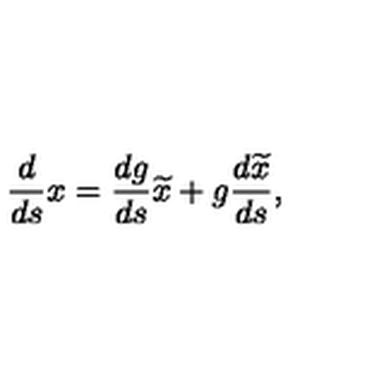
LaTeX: \frac { d } { d s } x = \frac { d g } { d s } \widetilde { x } + g \frac { d \widetilde { x } } { d s } ,